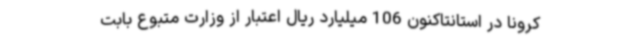
کرونا در استانتاکنون 106 میلیارد ریال اعتبار از وزارت متبوع بابت